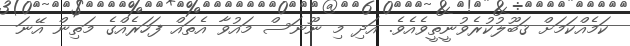
ކަމެއްކަމަށް ޤަބޫލުކުރެވުނީތީވެއެވެ. އަދި މި ނޫނަސް މައުވާ އެތައް ފަހަރެއްގެ މަތިން އޭނަ